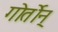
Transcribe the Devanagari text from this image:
गोर्तोन्